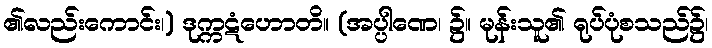
၏လည်းကောင်း၊) ဒုက္ကဋံဟောတိ။ (အပ္ပါဏေ၊ ၌။ မုန်းသူ၏ ရုပ်ပုံစသည်၌၊